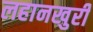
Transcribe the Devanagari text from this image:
लहानखुरी